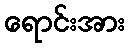
ရောင်းအား